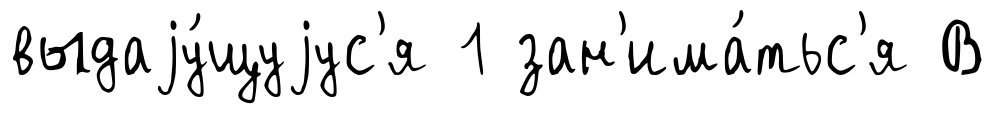
выдаjу́щуjус'я 1 зан'има́тьс'я В